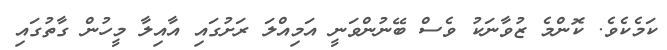
ކަމެކެވެ. ކޮންމެ ޒުވާނަކު ވެސް ބޭނުންވަނީ އަމިއްލަ ރަށުގައި އާއިލާ މީހުން ގާތުގައި